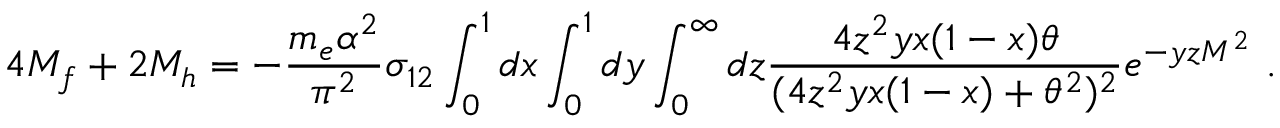
4 { \cal M } _ { f } + 2 { \cal M } _ { h } = - { \frac { m _ { e } \alpha ^ { 2 } } { \pi ^ { 2 } } } \sigma _ { 1 2 } \int _ { 0 } ^ { 1 } d x \int _ { 0 } ^ { 1 } d y \int _ { 0 } ^ { \infty } d z { \frac { 4 z ^ { 2 } y x ( 1 - x ) \theta } { ( 4 z ^ { 2 } y x ( 1 - x ) + \theta ^ { 2 } ) ^ { 2 } } } e ^ { - y z M ^ { 2 } } \ .